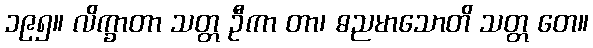
၁၉၅။ လိက္ခာတာ သတ္တ ဦကာ တာ၊ ဓညမာသောတိ သတ္တ တေ။